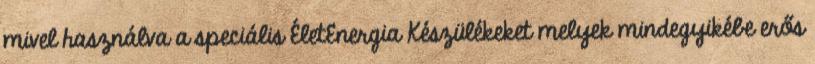
mivel használva a speciális ÉletEnergia Készülékeket melyek mindegyikébe erős